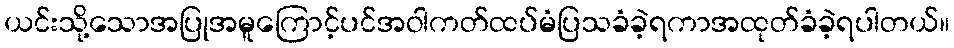
ယင်းသို့သောအပြုအမူကြောင့်ပင်အဝါကတ်ထပ်မံပြသခံခဲ့ရကာအထုတ်ခံခဲ့ရပါတယ်။